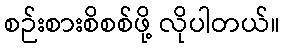
စဉ်းစားစိစစ်ဖို့ လိုပါတယ်။